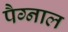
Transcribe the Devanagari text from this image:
पैग्नाल